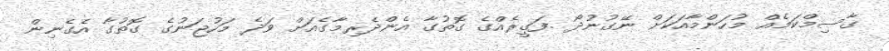
ގާސިމްކަމެއް މުހަންމާއަކަށް ނޭގުނުދޯ .ފަގީރެއްގެ ގޮތުގާ އެންދެރިމާގެއަށް ވަދެ މަހުޖަނުގެ ގޮތުގާ އެގެނިން